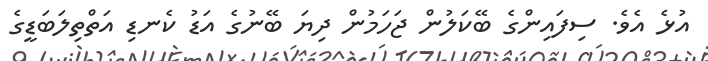
އުޅެ އެވެ. ސިފައިންގެ ބޭކަލުން ޖަހަމުން ދިޔަ ބޭނުގެ އަޑު ކެނޑި އަތްތިލަބަޑީގެ